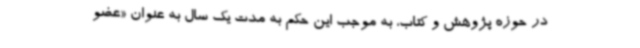
در حوزه پژوهش و کتاب، به موجب این حکم به مدت یک سال به عنوان «عضو